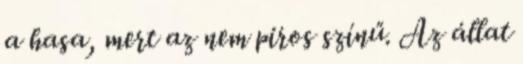
a hasa, mert az nem piros színű. Az állat